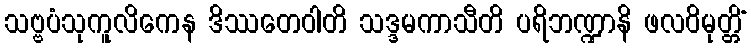
သဗ္ဗပံသုကူလိကေန ဒိဿတေဝါတိ သဒ္ဒမကာသီတိ ပရိဘဏ္ဍာနိ ဖလဝိမုတ္တိံ